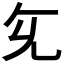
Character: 𭀙